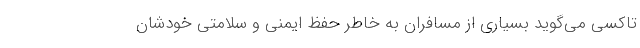
تاکسی می‌گوید بسیاری از مسافران به خاطر حفظ ایمنی و سلامتی خودشان